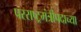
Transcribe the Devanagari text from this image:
परराष्ट्रमंत्रीपदाच्या